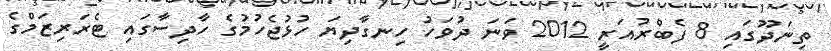
ތިނަދޫގައި 8 ފެބްރުއަރީ 2012 ވަނަ ދުވަހު ހިނގާދިޔަ ހުޅުޖެހުމުގެ ހާދިސާގައި ޓެރަރިޒަމްގެ